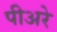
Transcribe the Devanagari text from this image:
पीअरे